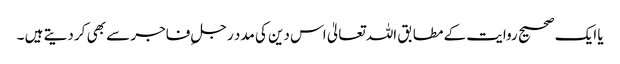
یا ایک صحیح روایت کے مطابق اللہ تعالیٰ اس دین کی مدد رجلِ فاجر سے بھی کر دیتے ہیں ۔